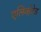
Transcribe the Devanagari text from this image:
एलिव्हेटेड